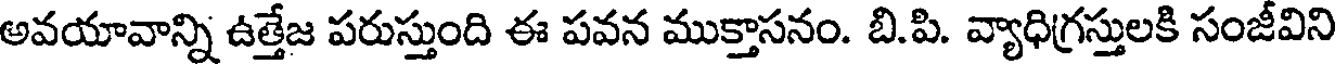
అవయావాన్ని ఉత్తేజ పరుస్తుంది ఈ పవన ముక్తాసనం. బి.పి. వ్యాధిగ్రస్తులకి సంజీవిని